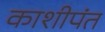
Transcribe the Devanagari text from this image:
काशीपंत